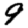
Digit: 9